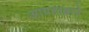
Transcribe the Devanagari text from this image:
आग्रहाद्वारे